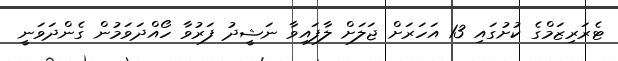
ޓެރަރިޒަމްގެ ކުށުގައި 13 އަހަރަށް ޖަލަށް ލާފައިވާ ނަޝީދު ފަރުވާ ހޯއްދަވަމުން ގެންދަވަނީ